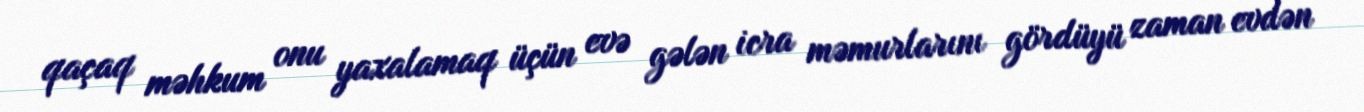
qaçaq məhkum onu yaxalamaq üçün evə gələn icra məmurlarını gördüyü zaman evdən